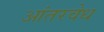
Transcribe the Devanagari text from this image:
आंतरवेध